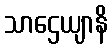
သာဌေယျာနိ